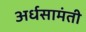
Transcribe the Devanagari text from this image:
अर्धसामंती